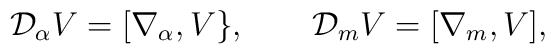
{\cal D}_\alpha V=[\nabla_\alpha,V\},   \qquad{\cal D}_mV=[\nabla_m,V],